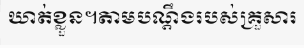
ឃាត់ខ្លួន។តាមបណ្តឹងរបស់គ្រួសារ